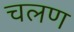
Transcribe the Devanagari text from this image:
चलण